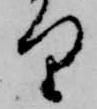
り